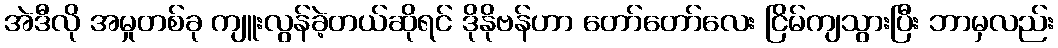
အဲဒီလို အမှုတစ်ခု ကျူးလွန်ခဲ့တယ်ဆိုရင် ဒိုနိုဗန်ဟာ တော်တော်လေး ငြိမ်ကျသွားပြီး ဘာမှလည်း